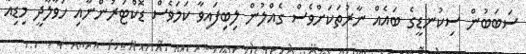
ސަބަބުން ސިކުނޑީގެ ބައެއް ނާރުތަކަށްވެސް ގެއްލުން ލިބިފައިވާ ކަމަވެސް ޑޮކްޓަރުންނާއި ހަވާލާދީ މިޑިއާ